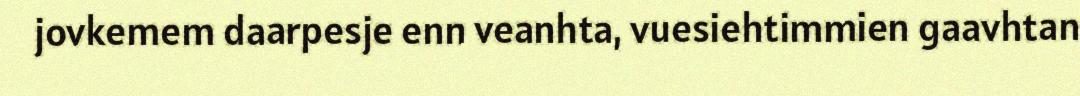
jovkemem daarpesje enn veanhta, vuesiehtimmien gaavhtan